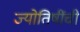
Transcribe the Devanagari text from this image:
ज्योतिषींची